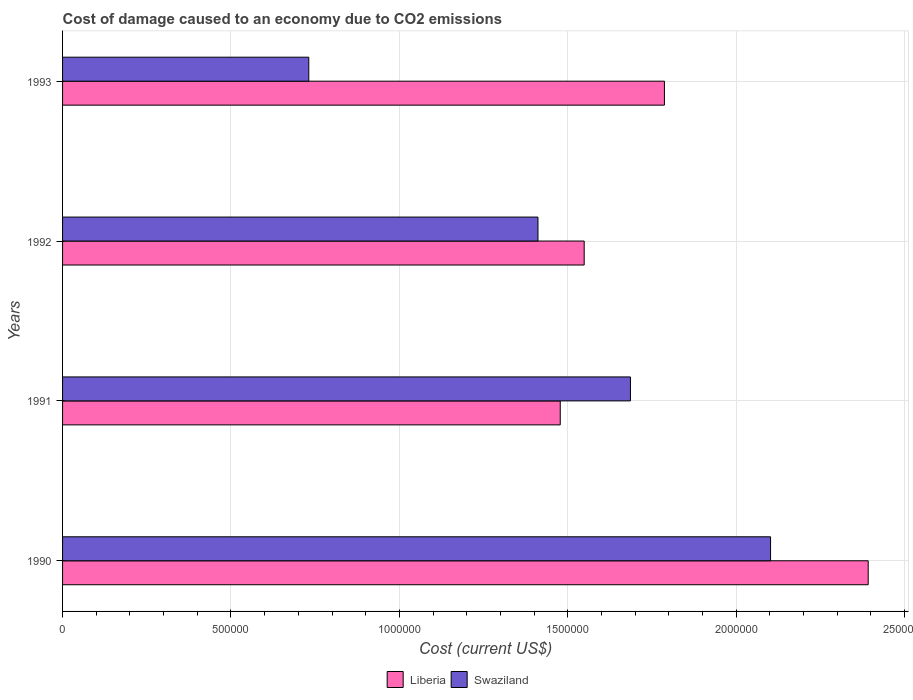
| Years | Liberia | Swaziland |
 | --- | --- | --- |
 | 1990 | 2.39e+06 | 2.1e+06 |
 | 1991 | 1.48e+06 | 1.69e+06 |
 | 1992 | 1.55e+06 | 1.41e+06 |
 | 1993 | 1.79e+06 | 7.31e+05 |